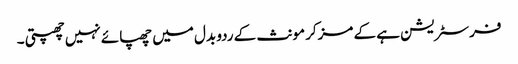
فرسٹریشن ہے کے مزکر مونث کے ردو بدل میں چھپائے نہیں چھپتی ۔